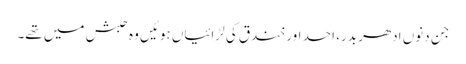
جن دنوں ادھر بدر، احد اور خندق کی لڑائیاں ہوئیں وہ حبش میں تھے۔